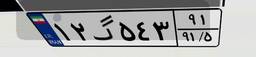
۰۱گ۸۲۶۱۴